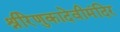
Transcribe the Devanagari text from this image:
श्रीरेणुकादेवीमंदिर